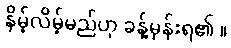
နိမ့်လိမ့်မည်ဟု ခန့်မှန်းရ၏ ။